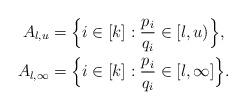
LaTeX: \begin{align*}A_{l,u} & = \Big\{ i \in [k]: \frac{p_i}{q_i} \in [l,u) \Big\}, \\A_{l,\infty} & = \Big\{ i \in [k]: \frac{p_i}{q_i} \in [l,\infty] \Big\}.\end{align*}